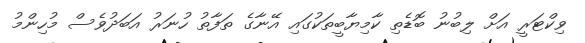
ވިކްޓަރީ އަށް ލިބުނު ބޮޑެތި ކާމިޔާބީތަކުގައި އޭނާގެ ތަފާތު ހުނަރު އަބަދުވެސް މުހިންމު